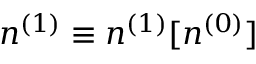
n ^ { ( 1 ) } \equiv n ^ { ( 1 ) } [ n ^ { ( 0 ) } ]